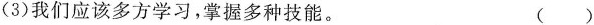
(3)我们应该多方学习，掌握多种技能。( )